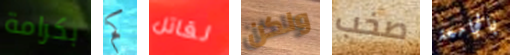
بكرامة كم لقاتل ولكن صخب بالجامعة